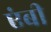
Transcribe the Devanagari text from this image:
एंबी